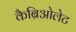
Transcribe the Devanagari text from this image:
कैब्रिओलेट